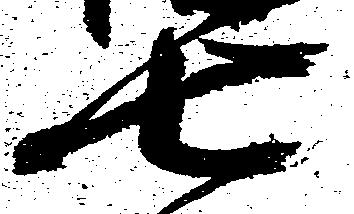
七